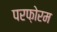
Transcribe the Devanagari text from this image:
परफ़ोरम